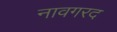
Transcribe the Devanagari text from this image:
नावगरद